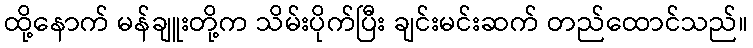
ထို့နောက် မန်ချူးတို့က သိမ်းပိုက်ပြီး ချင်းမင်းဆက် တည်ထောင်သည်။